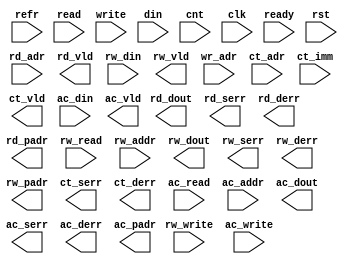
module intf_mrnrwpw_chkr (refr, 
                          read, rd_adr, rd_vld, rd_dout, rd_serr, rd_derr, rd_padr,
                          rw_read, rw_write, rw_addr, rw_din, rw_vld, rw_dout, rw_serr, rw_derr, rw_padr,
                          write, wr_adr, din,
                          cnt, ct_adr, ct_imm, ct_vld, ct_serr, ct_derr,
                          ac_read, ac_write, ac_addr, ac_din, ac_vld, ac_dout, ac_serr, ac_derr, ac_padr,
                          clk, ready, rst);

  parameter WIDTH = 4;
  parameter NUMADDR = 16;
  parameter BITADDR = 4;
  parameter NUMRDPT = 2;
  parameter NUMRWPT = 0;
  parameter NUMWRPT = 1;
  parameter NUMCTPT = 0;
  parameter NUMACPT = 0;
  parameter BITPADR = 17;

  parameter REFRESH = 0;
  parameter REFFREQ = 16;
  parameter REFFRHF = 0;

  parameter RDOR1WR = 0;
  parameter CTOR1AC = 0;

  input                        refr;

  input [NUMRDPT-1:0]          read;
  input [NUMRDPT*BITADDR-1:0]  rd_adr;
  output [NUMRDPT-1:0]         rd_vld;
  output [NUMRDPT*WIDTH-1:0]   rd_dout;
  output [NUMRDPT-1:0]         rd_serr;
  output [NUMRDPT-1:0]         rd_derr;
  output [NUMRDPT*BITPADR-1:0] rd_padr;

  input [NUMRWPT-1:0]          rw_read;
  input [NUMRWPT-1:0]          rw_write;
  input [NUMRWPT*BITADDR-1:0]  rw_addr;
  input [NUMRWPT*WIDTH-1:0]    rw_din;
  output [NUMRWPT-1:0]         rw_vld;
  output [NUMRWPT*WIDTH-1:0]   rw_dout;
  output [NUMRWPT-1:0]         rw_serr;
  output [NUMRWPT-1:0]         rw_derr;
  output [NUMRWPT*BITPADR-1:0] rw_padr;

  input [NUMWRPT-1:0]          write;
  input [NUMWRPT*BITADDR-1:0]  wr_adr;
  input [NUMWRPT*WIDTH-1:0]    din;

  input [NUMCTPT-1:0]          cnt;
  input [NUMCTPT*BITADDR-1:0]  ct_adr;
  input [NUMCTPT*WIDTH-1:0]    ct_imm;
  output [NUMCTPT-1:0]         ct_vld;
  output [NUMCTPT-1:0]         ct_serr;
  output [NUMCTPT-1:0]         ct_derr;

  input [NUMACPT-1:0]          ac_read;
  input [NUMACPT-1:0]          ac_write;
  input [NUMACPT*BITADDR-1:0]  ac_addr;
  input [NUMACPT*WIDTH-1:0]    ac_din;
  output [NUMACPT-1:0]         ac_vld;
  output [NUMACPT*WIDTH-1:0]   ac_dout;
  output [NUMACPT-1:0]         ac_serr;
  output [NUMACPT-1:0]         ac_derr;
  output [NUMACPT*BITPADR-1:0] ac_padr;

  input                        clk;
  input                        rst;
  input                        ready;

//synopsys translate_off
  wire               read_wire [0:NUMRDPT-1];
  wire [BITADDR-1:0] rd_adr_wire [0:NUMRDPT-1];
  wire               rw_read_wire [0:NUMRWPT-1];
  wire               rw_write_wire [0:NUMRWPT-1];
  wire [BITADDR-1:0] rw_addr_wire [0:NUMRWPT-1];
  wire               write_wire [0:NUMWRPT-1];
  wire [BITADDR-1:0] wr_adr_wire [0:NUMWRPT-1];
  wire               cnt_wire [0:NUMCTPT-1];
  wire [BITADDR-1:0] ct_adr_wire [0:NUMCTPT-1];
  wire               ac_read_wire [0:NUMACPT-1];
  wire               ac_write_wire [0:NUMACPT-1];
  wire [BITADDR-1:0] ac_addr_wire [0:NUMACPT-1];
  integer bus_int;

  genvar prt_var;
  generate if (1) begin: prt_loop
    for (prt_var=0; prt_var<NUMRDPT; prt_var=prt_var+1) begin: rd_loop
      assign read_wire[prt_var] = read >> prt_var;
      assign rd_adr_wire[prt_var] = rd_adr >> (prt_var*BITADDR);
    end
    for (prt_var=0; prt_var<NUMRWPT; prt_var=prt_var+1) begin: rw_loop
      assign rw_read_wire[prt_var] = rw_read >> prt_var;
      assign rw_write_wire[prt_var] = rw_write >> prt_var;
      assign rw_addr_wire[prt_var] = rw_addr >> (prt_var*BITADDR);
    end
    for (prt_var=0; prt_var<NUMWRPT; prt_var=prt_var+1) begin: wr_loop
      assign write_wire[prt_var] = write >> prt_var;
      assign wr_adr_wire[prt_var] = wr_adr >> (prt_var*BITADDR);
    end
    for (prt_var=0; prt_var<NUMCTPT; prt_var=prt_var+1) begin: ct_loop
      assign cnt_wire[prt_var] = cnt >> prt_var;
      assign ct_adr_wire[prt_var] = ct_adr >> (prt_var*BITADDR);
    end
    for (prt_var=0; prt_var<NUMACPT; prt_var=prt_var+1) begin: ac_loop
      assign ac_read_wire[prt_var] = ac_read >> prt_var;
      assign ac_write_wire[prt_var] = ac_write >> prt_var;
      assign ac_addr_wire[prt_var] = ac_addr >> (prt_var*BITADDR);
    end
  end
  endgenerate

  generate if (REFRESH) begin: refr_loop
    reg [31:0] refr_cnt;
    reg refr_half;
    always @(posedge clk)
      if (!ready) begin
        refr_cnt <= 0;
        refr_half <= REFFRHF;
      end else if (refr) begin
        refr_cnt <= 0;
        refr_half <= REFFRHF && (refr_cnt < REFFREQ); 
      end else begin
        refr_cnt <= refr_cnt + 1; 
      end

    always @(posedge clk) begin
      if (ready && refr && (NUMRDPT>0) && |read)
        $display("Error:%0t: Read command invalidated, read signal high when refresh is asserted",$time);
      if (ready && refr && (NUMRWPT>0) && |rw_read)
        $display("Error:%0t: Read/Write command invalidated, read signal high when refresh is asserted",$time);
      if (ready && refr && (NUMRWPT>0) && |rw_write)
        $display("Error:%0t: Read/Write command invalidated, write signal high when refresh is asserted",$time);
      if (ready && refr && (NUMRDPT>0) && |write)
        $display("Error:%0t: Write command invalidated, write signal high when refresh is asserted",$time);
      if (ready && (refr_cnt >= REFFREQ+refr_half))
        $display("Error:%0t: No refresh in the last N cycles",$time);
    end
  end
  endgenerate

  generate if (RDOR1WR) begin: rorw_loop
    always @(posedge clk)
      if (ready && write && |read)
        $display("Error:%0t: Read command invalidated, read signal high when write is asserted",$time);
  end
  endgenerate

  generate if (CTOR1AC) begin: cora_loop
    always @(posedge clk)
      if (ready && (ac_read || ac_write) && |cnt)
        $display("Error:%0t: Count command invalidated, cnt signal high when access is asserted",$time);
  end
  endgenerate

  genvar ass_var;
  generate if (1) begin: ass_loop
    for (ass_var=0; ass_var<NUMRDPT; ass_var=ass_var+1) begin: rd_loop
      always @(posedge clk) begin
        if (ready && (read_wire[ass_var] === 1'bx)) 
          $display("Error:%0t: Read command invalidated, read signal is unknown",$time);
        if (ready && read_wire[ass_var] && (^rd_adr_wire[ass_var] === 1'bx)) 
          $display("Error:%0t: Read command invalidated, read address is unknown",$time);
        if (ready && read_wire[ass_var] && (rd_adr_wire[ass_var] >= NUMADDR))
          $display("Error:%0t: Read command invalidated, read address out of range",$time);
      end
    end
    for (ass_var=0; ass_var<NUMRWPT; ass_var=ass_var+1) begin: rw_loop
      always @(posedge clk) begin
        if (ready && (rw_read_wire[ass_var] === 1'bx))
          $display("Error:%0t: Read/Write command invalidated, read signal is unknown",$time);
        if (ready && (rw_write_wire[ass_var] === 1'bx))
          $display("Error:%0t: Read/Write command invalidated, write signal is unknown",$time);
        if (ready && rw_read_wire[ass_var] && rw_write_wire[ass_var])
          $display("Error:%0t: Read/Write command invalidated, read signal high when write is asserted",$time);
        if (ready && rw_read_wire[ass_var] && (^rw_addr_wire[ass_var] === 1'bx)) 
          $display("Error:%0t: Read/Write command invalidated, read address is unknown",$time);
        if (ready && rw_read_wire[ass_var] && (rw_addr_wire[ass_var] >= NUMADDR))
          $display("Error:%0t: Read/Write command invalidated, read address out of range",$time);
        if (ready && rw_write_wire[ass_var] && (^rw_addr_wire[ass_var] === 1'bx)) 
          $display("Error:%0t: Read/Write command invalidated, write address is unknown",$time);
        if (ready && rw_write_wire[ass_var] && (rw_addr_wire[ass_var] >= NUMADDR))
          $display("Error:%0t: Read/Write command invalidated, write address out of range",$time);
      end
    end
    for (ass_var=0; ass_var<NUMWRPT; ass_var=ass_var+1) begin: wr_loop
      always @(posedge clk) begin
        if (ready && (write_wire[ass_var] === 1'bx))
          $display("Error:%0t: Write command invalidated, write signal is unknown",$time);
        if (ready && write_wire[ass_var] && (^wr_adr_wire[ass_var] === 1'bx)) 
          $display("Error:%0t: Write command invalidated, write address is unknown",$time);
        if (ready && write_wire[ass_var] && (wr_adr_wire[ass_var] >= NUMADDR))
          $display("Error:%0t: Write command invalidated, write address out of range",$time);
      end
    end
    for (ass_var=0; ass_var<NUMCTPT; ass_var=ass_var+1) begin: ct_loop
      always @(posedge clk) begin
        if (ready && (cnt_wire[ass_var] === 1'bx))
          $display("Error:%0t: Count command invalidated, count signal is unknown",$time);
        if (ready && cnt_wire[ass_var] && (^ct_adr_wire[ass_var] === 1'bx)) 
          $display("Error:%0t: Count command invalidated, count address is unknown",$time);
        if (ready && cnt_wire[ass_var] && (ct_adr_wire[ass_var] >= NUMADDR))
          $display("Error:%0t: Count command invalidated, count address out of range",$time);
      end
    end
    for (ass_var=0; ass_var<NUMACPT; ass_var=ass_var+1) begin: ac_loop
      always @(posedge clk) begin
        if (ready && (ac_read_wire[ass_var] === 1'bx))
          $display("Error:%0t: Access command invalidated, read signal is unknown",$time);
        if (ready && (ac_write_wire[ass_var] === 1'bx))
          $display("Error:%0t: Access command invalidated, write signal is unknown",$time);
        if (ready && ac_read_wire[ass_var] && (^ac_addr_wire[ass_var] === 1'bx)) 
          $display("Error:%0t: Access command invalidated, read address is unknown",$time);
        if (ready && ac_read_wire[ass_var] && (ac_addr_wire[ass_var] >= NUMADDR))
          $display("Error:%0t: Access command invalidated, read address out of range",$time);
        if (ready && ac_write_wire[ass_var] && (^ac_addr_wire[ass_var] === 1'bx)) 
          $display("Error:%0t: Access command invalidated, write address is unknown",$time);
        if (ready && ac_write_wire[ass_var] && (ac_addr_wire[ass_var] >= NUMADDR))
          $display("Error:%0t: Access command invalidated, write address out of range",$time);
      end
    end
  end
  endgenerate
//synopsys translate_on
endmodule